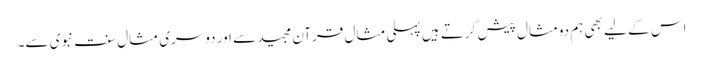
اس کے لیے بھی ہم دومثال پیش کرتے ہیں پہلی مثال قرآن مجید سے اور دوسری مثال سنت نبوی سے۔